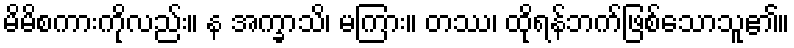
မိမိစကားကိုလည်း။ န အက္ခာသိ၊ မကြား။ တဿ၊ ထိုရန်ဘက်ဖြစ်သောသူ၏။